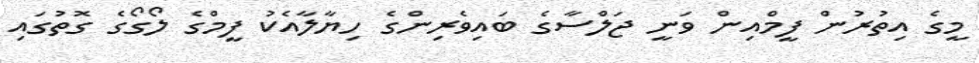
މީގެ އިތުރުން ފީމްއިން ވަނީ ޖަލްސާގެ ބައިވެރިންގެ ހިޔާލާއެކު ފީމްގެ ލޯގޯގެ ގޮތުގައި